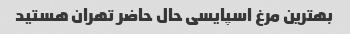
بهترین مرغ اسپایسی حال حاضر تهران هستید